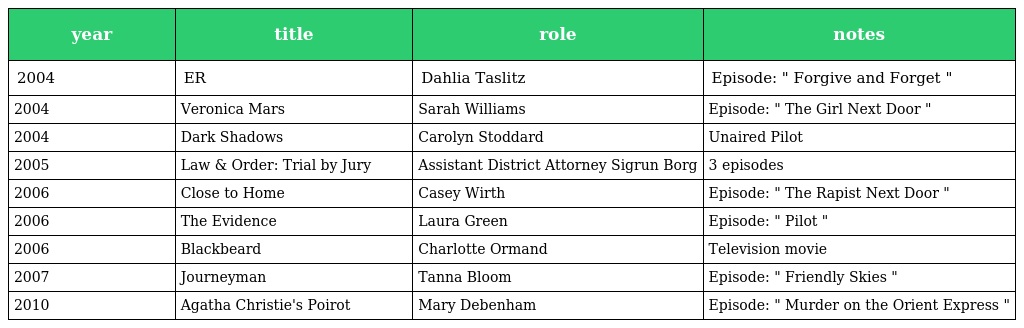
| year | title | role | notes |
 | --- | --- | --- | --- |
 | 2004 | ER | Dahlia Taslitz | Episode: " Forgive and Forget " |
 | 2004 | Veronica Mars | Sarah Williams | Episode: " The Girl Next Door " |
 | 2004 | Dark Shadows | Carolyn Stoddard | Unaired Pilot |
 | 2005 | Law & Order: Trial by Jury | Assistant District Attorney Sigrun Borg | 3 episodes |
 | 2006 | Close to Home | Casey Wirth | Episode: " The Rapist Next Door " |
 | 2006 | The Evidence | Laura Green | Episode: " Pilot " |
 | 2006 | Blackbeard | Charlotte Ormand | Television movie |
 | 2007 | Journeyman | Tanna Bloom | Episode: " Friendly Skies " |
 | 2010 | Agatha Christie's Poirot | Mary Debenham | Episode: " Murder on the Orient Express " |